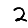
Digit: 2